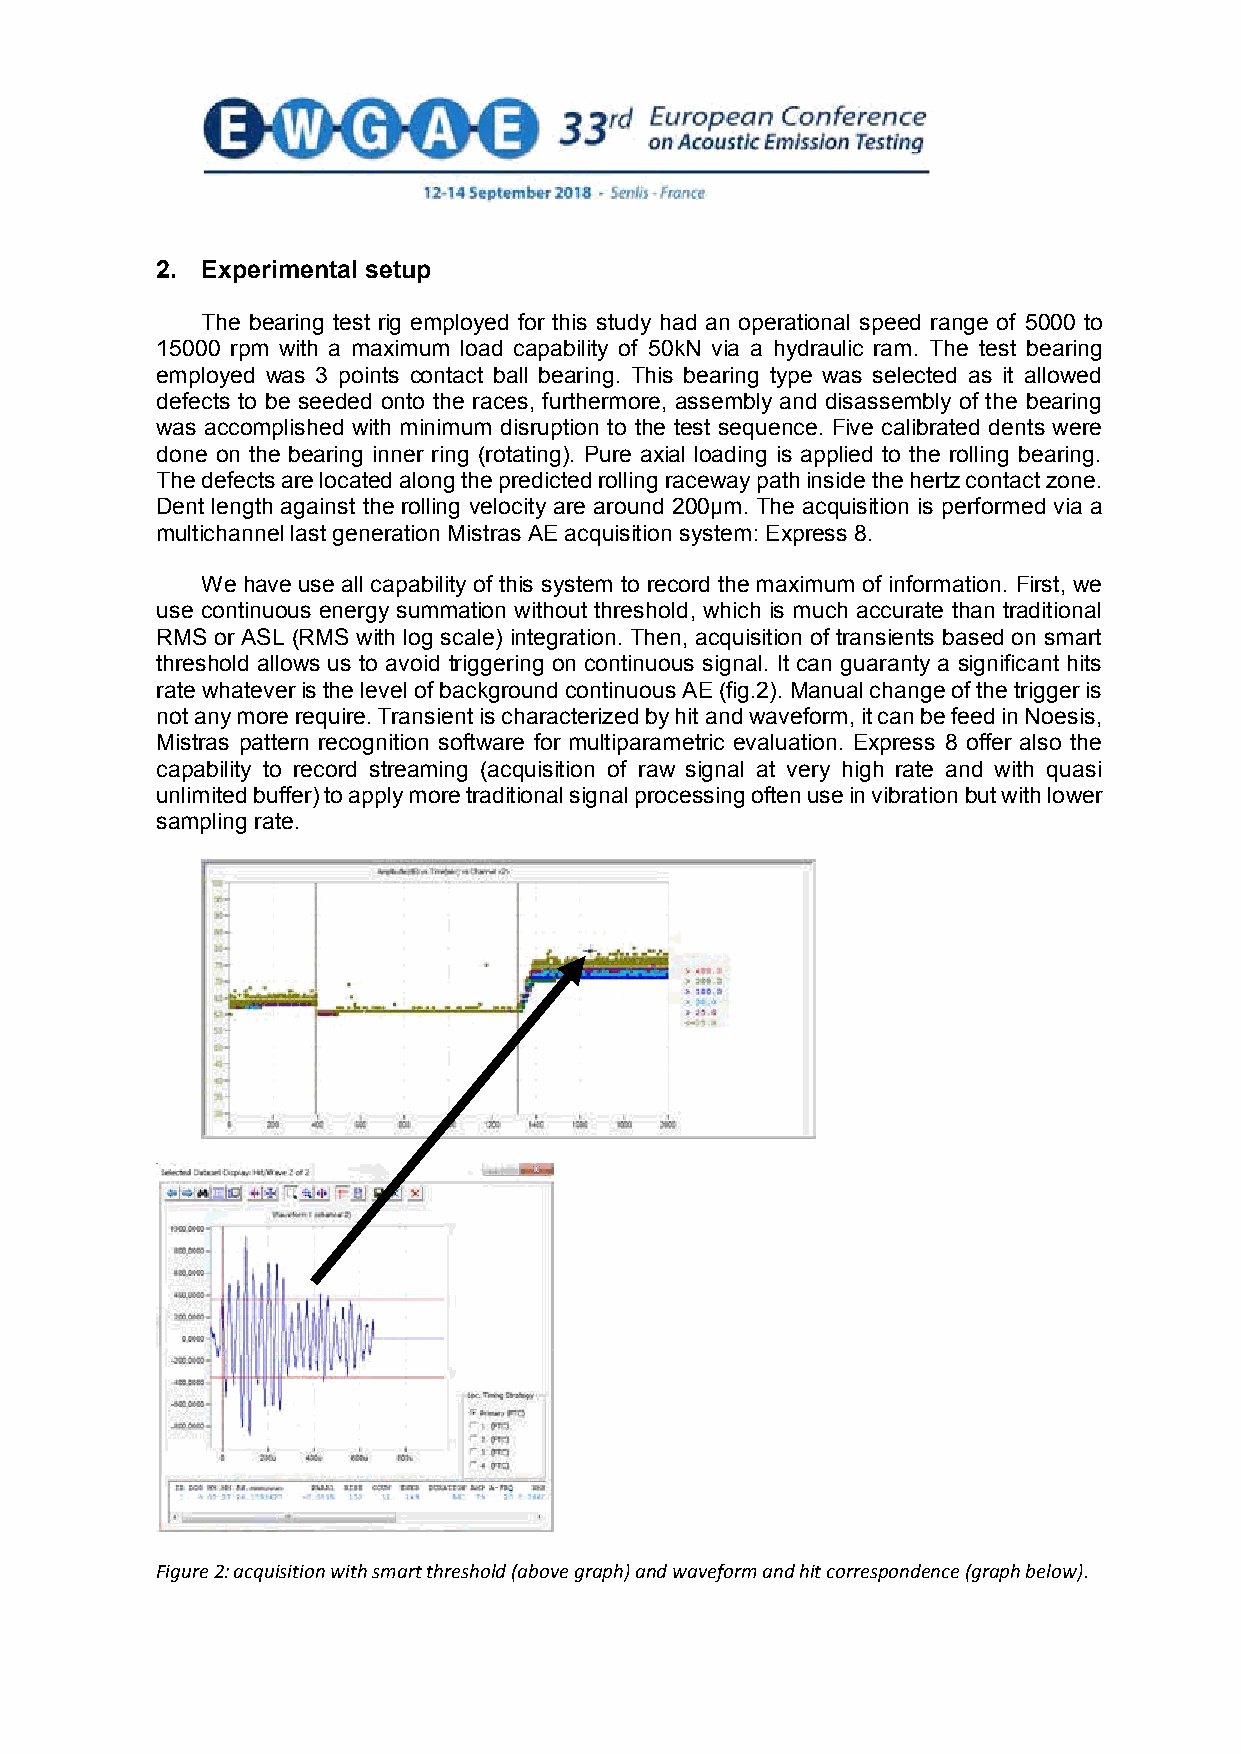
2. Experimental setup
 The bearing test rig employed for this study had an operational speed range of 5000 to
 15000 rpm with a maximum load capability of 50kN via a hydraulic ram. The test bearing
 employed was 3 points contact ball bearing. This bearing type was selected as it allowed
 defects to be seeded onto the races, furthermore, assembly and disassembly of the bearing
 was accomplished with minimum disruption to the test sequence. Five calibrated dents were
 done on the bearing inner ring (rotating). Pure axial loading is applied to the rolling bearing.
 The defects are located along the predicted rolling raceway path inside the hertz contact zone.
 Dent length against the rolling velocity are around 200µm. The acquisition is performed via a
 multichannel last generation Mistras AE acquisition system: Express 8.
 We have use all capability of this system to record the maximum of information. First, we
 use continuous energy summation without threshold, which is much accurate than traditional
 RMS or ASL (RMS with log scale) integration. Then, acquisition of transients based on smart
 threshold allows us to avoid triggering on continuous signal. It can guaranty a significant hits
 rate whatever is the level of background continuous AE (fig.2). Manual change of the trigger is
 not any more require. Transient is characterized by hit and waveform, it can be feed in Noesis,
 Mistras pattern recognition software for multiparametric evaluation. Express 8 offer also the
 capability to record streaming (acquisition of raw signal at very high rate and with quasi
 unlimited buffer) to apply more traditional signal processing often use in vibration but with lower
 sampling rate.
 Figure 2: acquisition with smart threshold (above graph) and waveform and hit correspondence (graph below).
 3